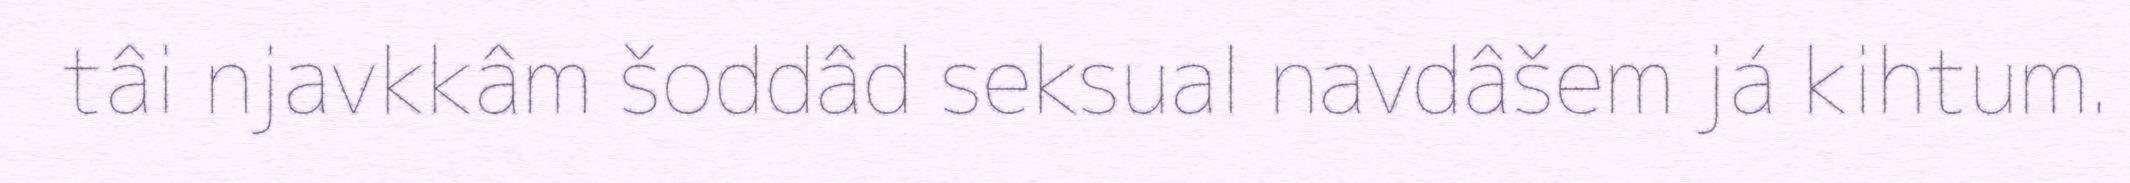
tâi njavkkâm šoddâd seksual navdâšem já kihtum.